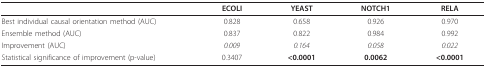
<table><thead><tr><td></td><td><b>ECOLI</b></td><td><b>YEAST</b></td><td><b>NOTCH1</b></td><td><b>RELA</b></td></tr></thead><tbody><tr><td>Best individual causal orientation method (AUC)</td><td>0.828</td><td>0.658</td><td>0.926</td><td>0.970</td></tr><tr><td>Ensemble method (AUC)</td><td>0.837</td><td>0.822</td><td>0.984</td><td>0.992</td></tr><tr><td>Improvement (AUC)</td><td><i>0.009</i></td><td><i>0.164</i></td><td><i>0.058</i></td><td><i>0.022</i></td></tr><tr><td>Statistical significance of improvement (p-value)</td><td>0.3407</td><td><b>&lt;0.0001</b></td><td><b>0.0062</b></td><td><b>&lt;0.0001</b></td></tr></tbody></table>